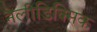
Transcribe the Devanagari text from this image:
नैलीडिक्सिक